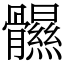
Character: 䯥